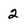
Character: 2